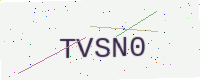
Text: TVSN0